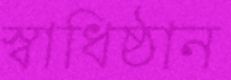
স্বাধিষ্ঠান